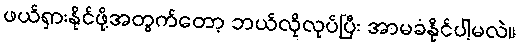
ဖယ်ရှားနိုင်ဖို့အတွက်တော့ ဘယ်လိုလုပ်ပြီး အာမခံနိုင်ပါ့မလဲ။